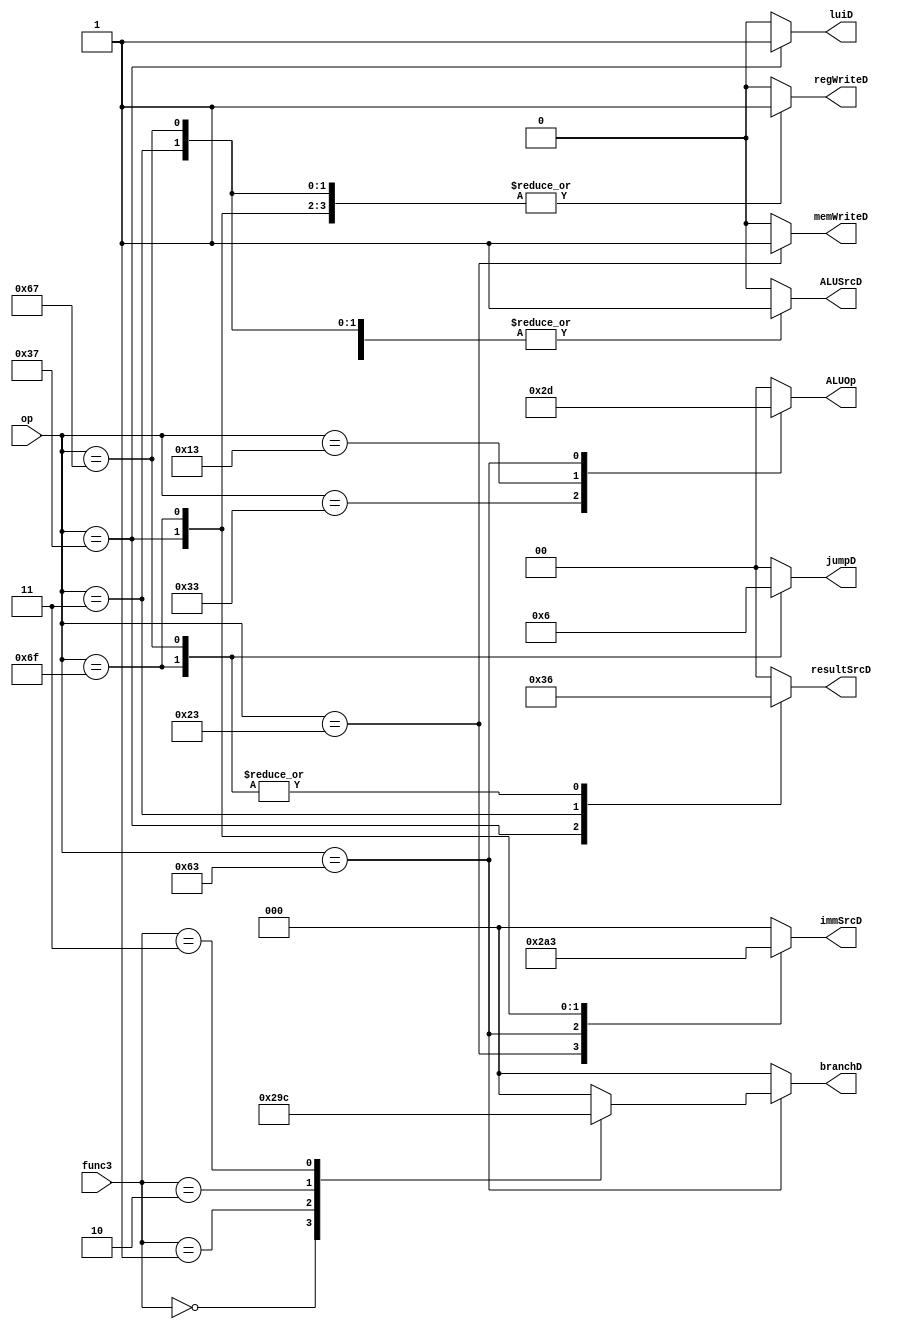
`define R_T     7'b0110011
`define I_T     7'b0010011
`define S_T     7'b0100011
`define B_T     7'b1100011
`define U_T     7'b0110111
`define J_T     7'b1101111
`define LW_T    7'b0000011
`define JALR_T  7'b1100111

`define BEQ 3'b000
`define BNE 3'b001
`define BLT 3'b010
`define BGE 3'b011

module MainController(op, func3, regWriteD, ALUOp,
                      resultSrcD, memWriteD, jumpD,
                      branchD, ALUSrcD, immSrcD, luiD);

    input [6:0] op;
    input [2:0] func3;
    output reg memWriteD, regWriteD, ALUSrcD, luiD;
    output reg [1:0] resultSrcD, jumpD, ALUOp;
    output reg [2:0] branchD, immSrcD;

    always @(op, func3) begin
        {ALUOp, regWriteD, immSrcD, ALUSrcD, memWriteD, 
             resultSrcD, jumpD, ALUOp, branchD, immSrcD, luiD} <= 16'b0;
        case (op)
            `R_T: begin
                ALUOp      <= 2'b10;
                regWriteD  <= 1'b1;
            end
        
            `I_T: begin
                ALUOp      <= 2'b11;
                regWriteD  <= 1'b1;
                immSrcD    <= 3'b000;
                ALUSrcD    <= 1'b1;
                resultSrcD <= 2'b00;
            end
        
            `S_T: begin
                ALUOp      <= 2'b00;
                memWriteD  <= 1'b1;
                immSrcD    <= 3'b001;
                ALUSrcD    <= 1'b1;
            end
        
            `B_T: begin
                ALUOp      <= 2'b01;
                immSrcD    <= 3'b010;
                case (func3)
                    `BEQ   : branchD <= 3'b001;
                    `BNE   : branchD <= 3'b010;
                    `BLT   : branchD <= 3'b011;
                    `BGE   : branchD <= 3'b100;
                    default: branchD <= 3'b000;
                endcase
            end
        
            `U_T: begin
                resultSrcD <= 2'b11;
                immSrcD    <= 3'b100;
                regWriteD  <= 1'b1;
                luiD       <= 1'b1;
            end
        
            `J_T: begin
                resultSrcD <= 2'b10;
                immSrcD    <= 3'b011;
                jumpD      <= 2'b01;
                regWriteD  <= 1'b1;
            end
        
            `LW_T: begin
                ALUOp      <= 2'b00;
                regWriteD  <= 1'b1;
                immSrcD    <= 3'b000;
                ALUSrcD    <= 1'b1;
                resultSrcD <= 2'b01;
            end
        
            `JALR_T: begin
                ALUOp      <= 2'b00;
                regWriteD  <= 1'b1;
                immSrcD    <= 3'b000;
                ALUSrcD    <= 1'b1;
                jumpD      <= 2'b10;
                resultSrcD <= 2'b10;
            end
        
            default: begin
                regWriteD <= 1'b0;
                ALUSrcD   <= 2'b00;
                ALUOp     <= 3'b000;
            end

        endcase
    end

endmodule